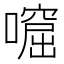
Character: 𡀙